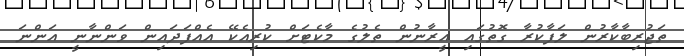
ތަޖުރިބާކާރުން ލަފާކުރާ ގޮތުގައި އީރާނުން ތެލުގެ މާކެޓަށް ކުރިއެކޭ އެއްފަދައިން ވަންނާނީ އަންނަ